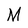
Character: M